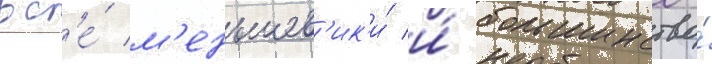
вс'е́ м'еньшев'ик'и́ и́ большинство́